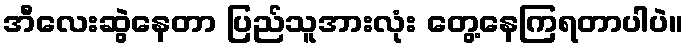
အီလေးဆွဲနေတာ ပြည်သူအားလုံး တွေ့နေကြရတာပါပဲ။